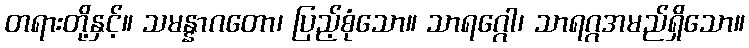
တရားတို့နှင့်။ သမန္နာဂတော၊ ပြည့်စုံသော။ သာရဂ္ဂေါ၊ သာရဂ္ဂအမည်ရှိသော။